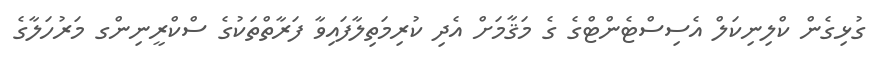
ގުޅިގެން ކްލިނިކަލް އެސިސްޓެންޓްގެ ގެ މަޤާމަށް އެދި ކުރިމަތިލާފައިވާ ފަރާތްތަކުގެ ސްކްރީނިންގ މަރުހަލާގެ